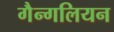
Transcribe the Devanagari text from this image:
गैन्गलियन